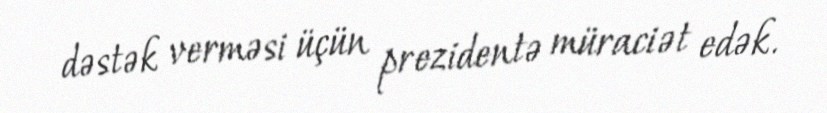
dəstək verməsi üçün prezidentə müraciət edək.